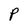
Character: P